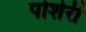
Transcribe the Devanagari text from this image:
पोशेरी